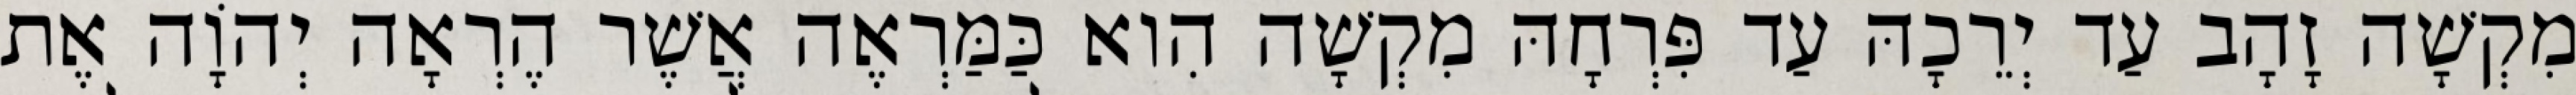
מִקְשָׁה זָהָב עַד יְרֵכָהּ עַד פִּרְחָהּ מִקְשָׁה הִוא כַּמַּרְאֶה אֲשֶׁר הֶרְאָה יְהוָֹה אֶת